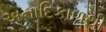
અનાદિકાળથી